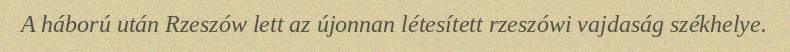
A háború után Rzeszów lett az újonnan létesített rzeszówi vajdaság székhelye.